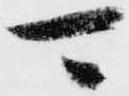
可